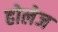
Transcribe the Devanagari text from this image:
होलेज